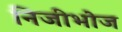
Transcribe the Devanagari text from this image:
निजीभोज